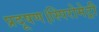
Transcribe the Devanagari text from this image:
प्रदूषण।स्पिरोमेट्री